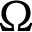
\Omega